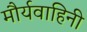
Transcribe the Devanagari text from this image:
मौर्यवाहिनी